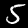
Label: 5